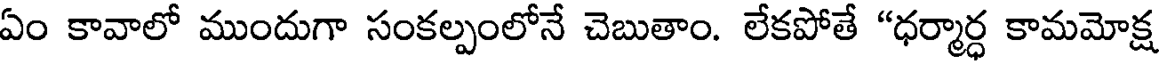
ఏం కావాలో ముందుగా సంకల్పంలోనే చెబుతాం. లేకపోతే "ధర్మార్ధ కామమోక్ష